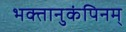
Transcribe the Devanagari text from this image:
भक्तानुकंपिनम्